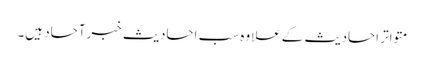
متواتر احادیث کےعلاوہ سب احادیث خبرآحاد ہیں۔